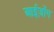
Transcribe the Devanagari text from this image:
आईज़ोंग